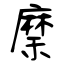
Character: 穈